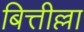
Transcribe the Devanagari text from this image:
बित्तील्ला